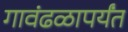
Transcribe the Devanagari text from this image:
गावंढळापर्यंत